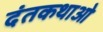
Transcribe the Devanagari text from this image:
दंतकथाओ